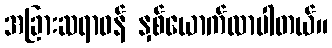
အခြားဆရာဝန် နှစ်ယောက်လာပါတယ်။